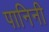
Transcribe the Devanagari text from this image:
पानिनी